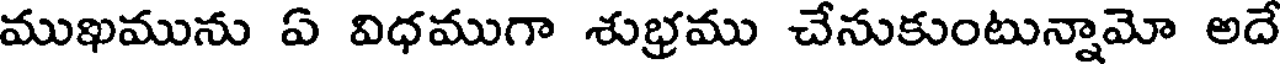
ముఖమును ఏ విధముగా శుభ్రము చేసుకుంటున్నామో అదే